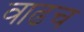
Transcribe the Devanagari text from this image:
वाढच